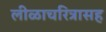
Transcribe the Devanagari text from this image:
लीळाचरित्रासह